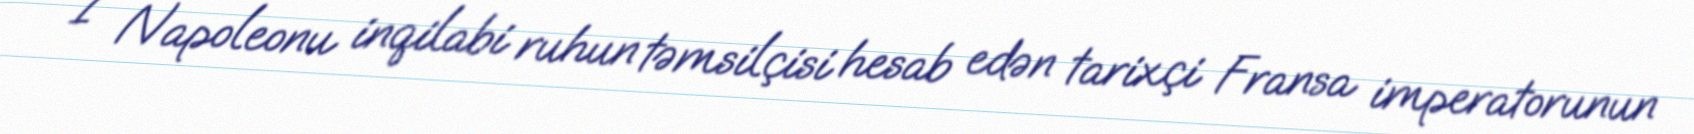
I Napoleonu inqilabi ruhun təmsilçisi hesab edən tarixçi Fransa imperatorunun